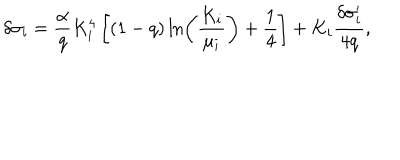
LaTeX: \delta \sigma _ { i } = { \frac { \alpha } { q } } K _ { i } ^ { 4 } \left[ ( 1 - q ) \ln \left( { \frac { K _ { i } } { \mu _ { i } } } \right) + { \frac { 1 } { 4 } } \right] + K _ { i } { \frac { \delta \sigma _ { i } ^ { \prime } } { 4 q } } ,